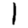
Digit: 1